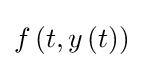
f\left(t,y\left(t\right)\right)